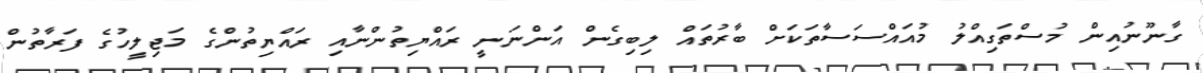
ގާނޫނުއިން މުސްތަގިއްލު މުއައްސަސާތަކަށް ބާރުތައް ލިބިގެން އަންނަނީ ރައްޔިތުންނާއި ރައްޔިތުންގެ މަޖިލީހުގެ ފަރާތުން